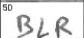
Transcription: BLR